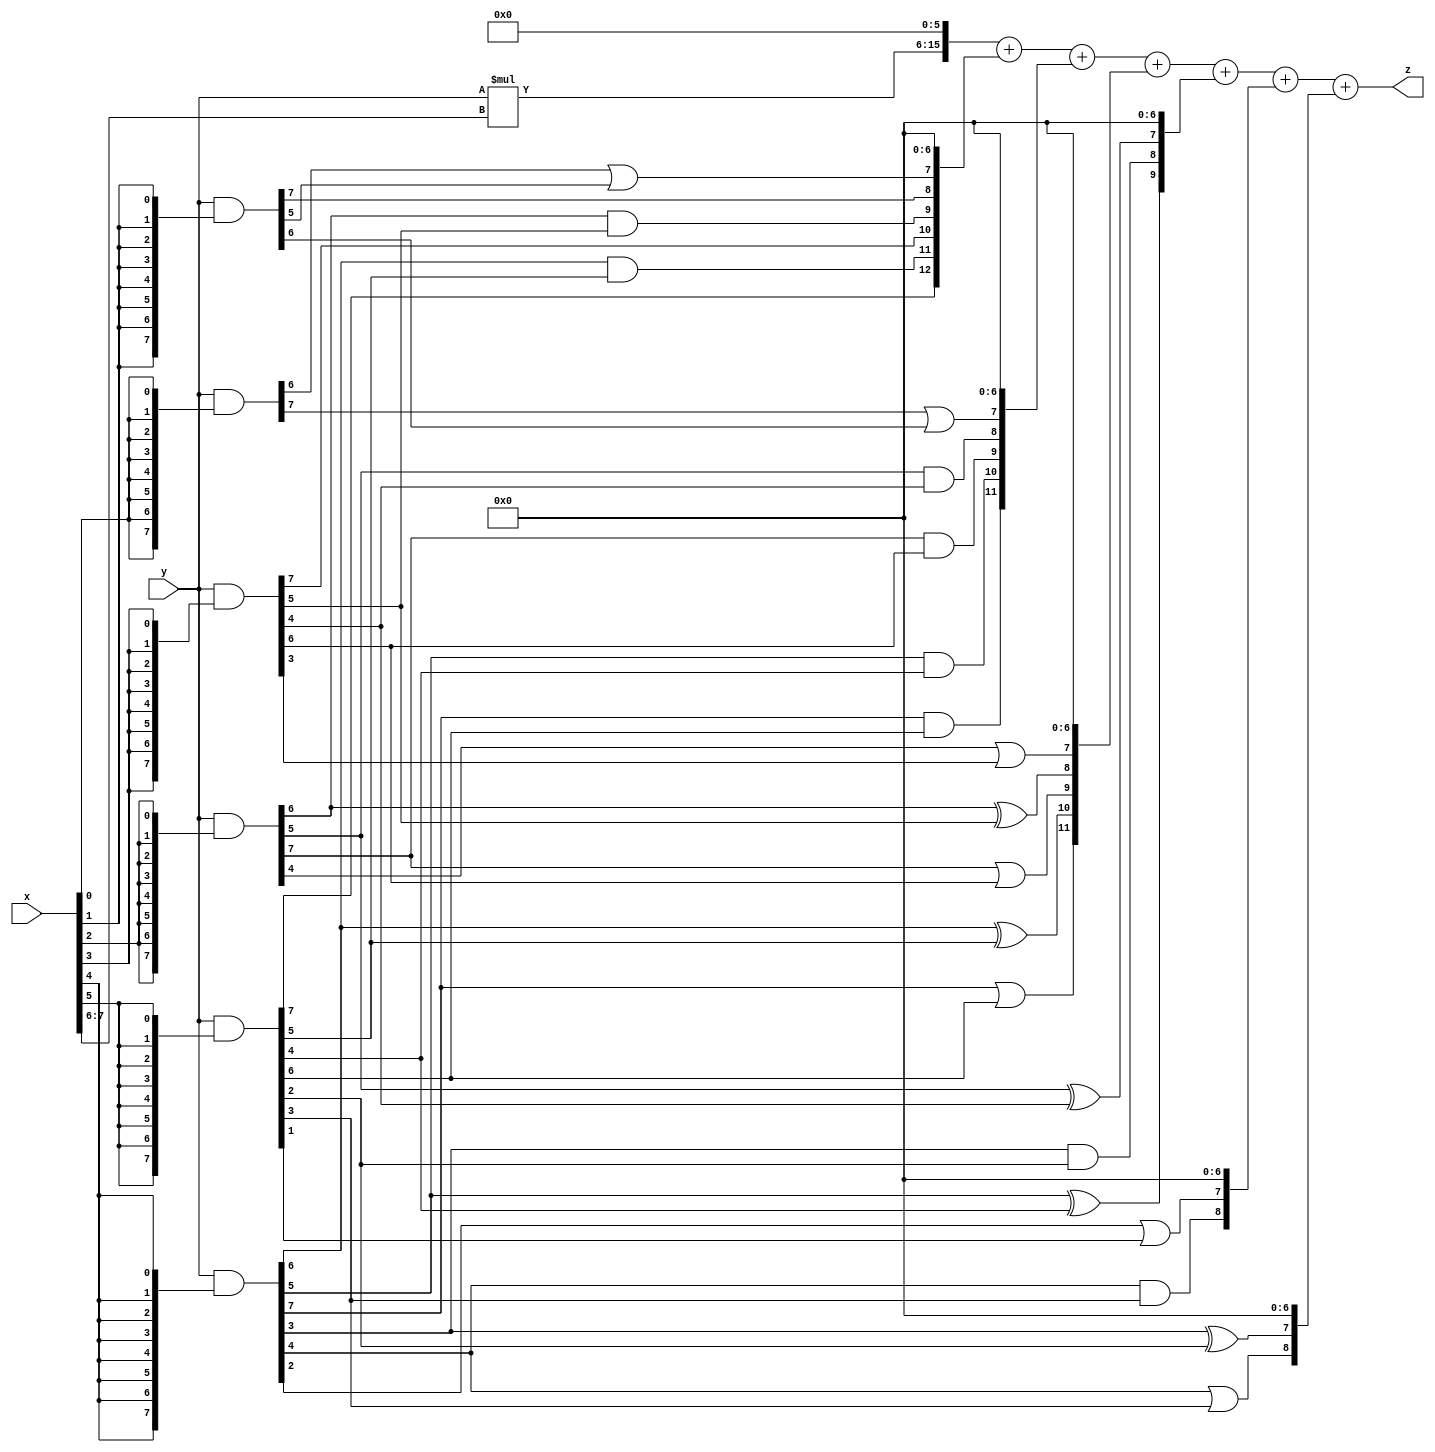
// terms: 23
// fval:  42062.25

module unsigned_8x8_l6_lamb1600_3 (
	input [7:0] x,
	input [7:0] y,
	output [15:0] z
);

wire [9:0] tmp_z = y*x[7:6];

wire [7:0] part1 =  y & {8{x[0]}};
wire [7:0] part2 =  y & {8{x[1]}};
wire [7:0] part3 =  y & {8{x[2]}};
wire [7:0] part4 =  y & {8{x[3]}};
wire [7:0] part5 =  y & {8{x[4]}};
wire [7:0] part6 =  y & {8{x[5]}};

wire [12:0] new_part1;
assign new_part1[0] = 0;
assign new_part1[1] = 0;
assign new_part1[2] = 0;
assign new_part1[3] = 0;
assign new_part1[4] = 0;
assign new_part1[5] = 0;
assign new_part1[6] = 0;
assign new_part1[7] = part1[6] | part2[5];
assign new_part1[8] = part2[7];
assign new_part1[9] = part3[6] & part4[5];
assign new_part1[10] = part4[7];
assign new_part1[11] = part5[6] & part6[5];
assign new_part1[12] = part6[7];

wire [11:0] new_part2;
assign new_part2[0] = 0;
assign new_part2[1] = 0;
assign new_part2[2] = 0;
assign new_part2[3] = 0;
assign new_part2[4] = 0;
assign new_part2[5] = 0;
assign new_part2[6] = 0;
assign new_part2[7] = part1[7] | part2[6];
assign new_part2[8] = part3[5] & part4[4];
assign new_part2[9] = part3[7] & part4[6];
assign new_part2[10] = part5[5] & part6[4];
assign new_part2[11] = part5[7] & part6[6];

wire [11:0] new_part3;
assign new_part3[0] = 0;
assign new_part3[1] = 0;
assign new_part3[2] = 0;
assign new_part3[3] = 0;
assign new_part3[4] = 0;
assign new_part3[5] = 0;
assign new_part3[6] = 0;
assign new_part3[7] = part3[4] | part4[3];
assign new_part3[8] = part3[6] ^ part4[5];
assign new_part3[9] = part3[7] | part4[6];
assign new_part3[10] = part5[6] ^ part6[5];
assign new_part3[11] = part5[7] | part6[6];

wire [9:0] new_part4;
assign new_part4[0] = 0;
assign new_part4[1] = 0;
assign new_part4[2] = 0;
assign new_part4[3] = 0;
assign new_part4[4] = 0;
assign new_part4[5] = 0;
assign new_part4[6] = 0;
assign new_part4[7] = part3[5] ^ part4[4];
assign new_part4[8] = part5[3] & part6[2];
assign new_part4[9] = part5[5] ^ part6[4];

wire [8:0] new_part5;
assign new_part5[0] = 0;
assign new_part5[1] = 0;
assign new_part5[2] = 0;
assign new_part5[3] = 0;
assign new_part5[4] = 0;
assign new_part5[5] = 0;
assign new_part5[6] = 0;
assign new_part5[7] = part5[2] | part6[1];
assign new_part5[8] = part5[4] & part6[3];

wire [8:0] new_part6;
assign new_part6[0] = 0;
assign new_part6[1] = 0;
assign new_part6[2] = 0;
assign new_part6[3] = 0;
assign new_part6[4] = 0;
assign new_part6[5] = 0;
assign new_part6[6] = 0;
assign new_part6[7] = part5[3] ^ part6[2];
assign new_part6[8] = part5[4] | part6[3];

assign z = {tmp_z, 6'd 0} + new_part1 + new_part2 + new_part3 + new_part4 + new_part5 + new_part6;
endmodule